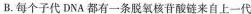
B.每个子代DNA都有一条脱氧核苷酸链来自上一代